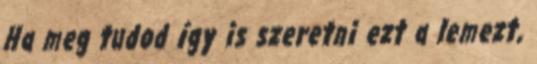
Ha meg tudod így is szeretni ezt a lemezt,